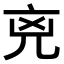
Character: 𠒋